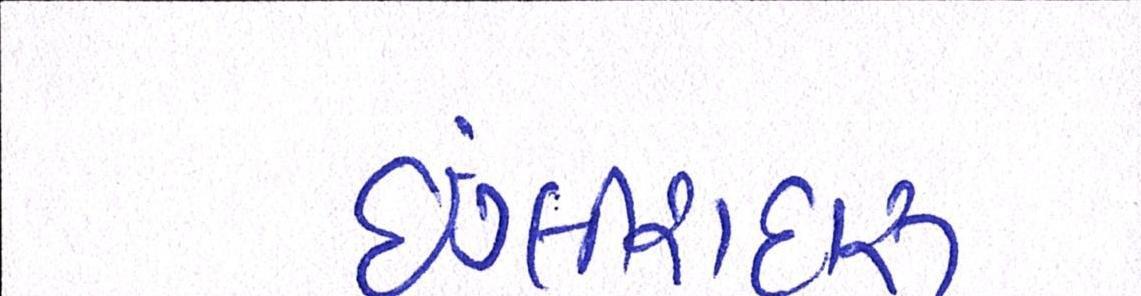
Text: ઇંગ્લીશદારૂ